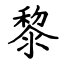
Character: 黎